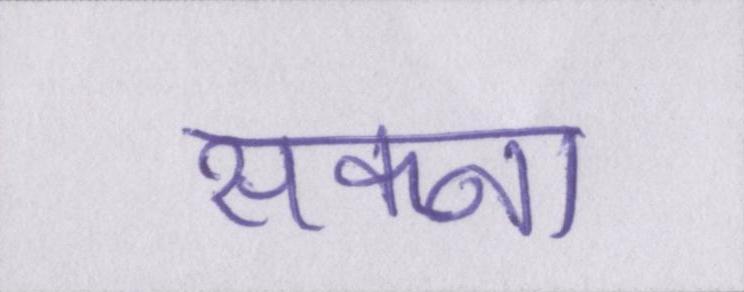
सकना